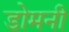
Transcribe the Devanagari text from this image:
डोमनी